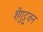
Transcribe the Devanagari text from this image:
शेंगुट्टुवन